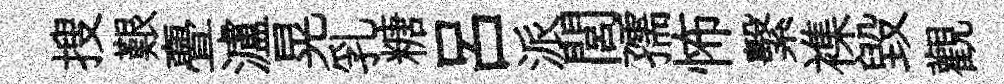
搜艱亹瀘晃乳糖呂派閭孺怖繫襍毀觀